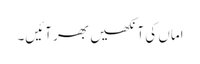
اماں کی آنکھیں بھر آئیں۔